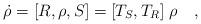
LaTeX: \begin{align*}\dot{\rho} = [R,\rho , S] = [T_S ,T_R ] \;\rho ~~~,\end{align*}